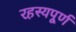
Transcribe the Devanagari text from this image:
रहस्‍यपूर्ण